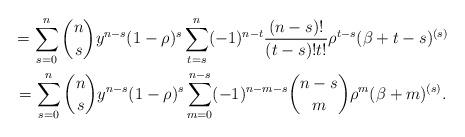
LaTeX: \begin{gather*}=\sum_{s=0}^{n}\binom{n}{s}y^{n-s}(1-\rho )^{s}\sum_{t=s}^{n}(-1)^{n-t}\frac{(n-s)!}{(t-s)!t!}\rho ^{t-s}(\beta +t-s)^{(s)} \\=\sum_{s=0}^{n}\binom{n}{s}y^{n-s}(1-\rho )^{s}\sum_{m=0}^{n-s}(-1)^{n-m-s}\binom{n-s}{m}\rho ^{m}(\beta +m)^{(s)}.\end{gather*}